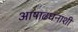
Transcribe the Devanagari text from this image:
आषाढघनाशी